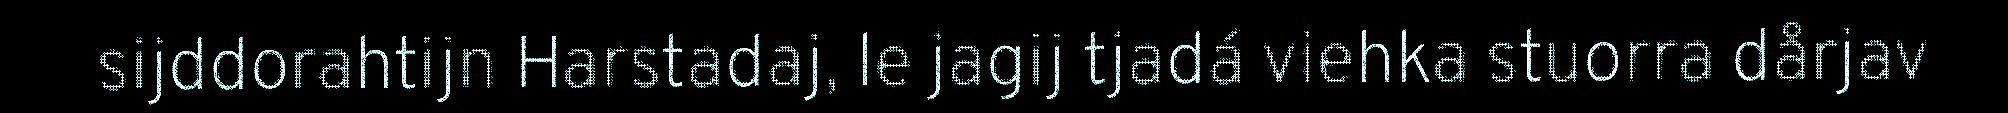
sijddorahtijn Harstadaj, le jagij tjadá viehka stuorra dårjav